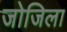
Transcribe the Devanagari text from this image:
जोजिला